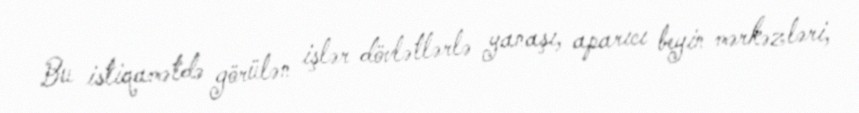
Bu istiqamətdə görülən işlər dövlətlərlə yanaşı, aparıcı beyin mərkəzləri,